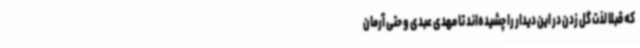
که قبلاً لذت گل زدن در این دیدار را چشیده‌اند تا مهدی عبدی و حتی آرمان